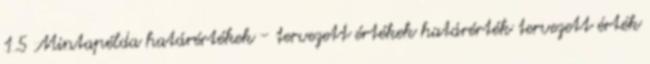
1.5 Mintapélda határértékek - tervezett értékek határérték tervezett érték